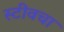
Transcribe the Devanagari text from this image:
स्टीवचा